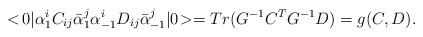
LaTeX: \begin{align*}<\! 0| \alpha_1^i C_{ij} \bar{\alpha}_1^j \alpha_{-1}^i D_{ij}\bar{\alpha}_{-1}^j |0\!> = Tr(G^{-1} C^T G^{-1} D) = g(C,D).\end{align*}